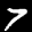
Label: 7